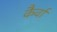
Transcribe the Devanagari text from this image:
कैर्वा